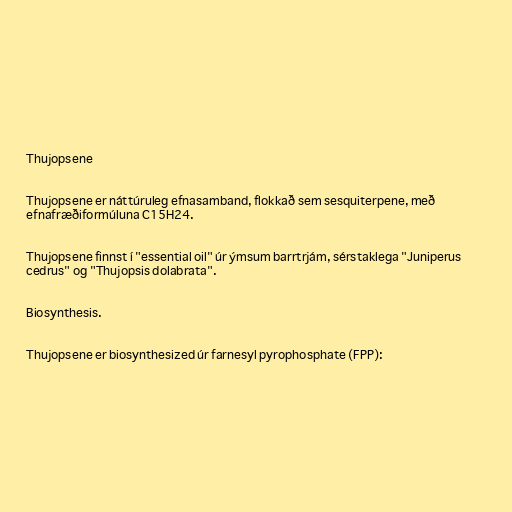
Thujopsene

Thujopsene er náttúruleg efnasamband, flokkað sem sesquiterpene, með
efnafræðiformúluna C15H24.

Thujopsene finnst í "essential oil" úr ýmsum barrtrjám, sérstaklega "Juniperus
cedrus" og "Thujopsis dolabrata".

Biosynthesis.

Thujopsene er biosynthesized úr farnesyl pyrophosphate (FPP):